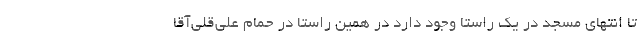
تا انتهای مسجد در یک راستا وجود دارد در همین راستا در حمام علی‌قلی‌آقا